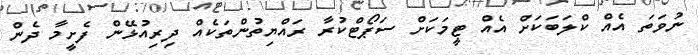
ނުވަތަ އެއް ކްލަބަކަށް އެއް ޓީމަކަށް ސަޕޯޓްކުރާ ރައްޔިތުންތަކެއް ދިރިއުޅޭން ފެށީމާ ދެން